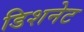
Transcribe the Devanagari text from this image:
डिशनेट